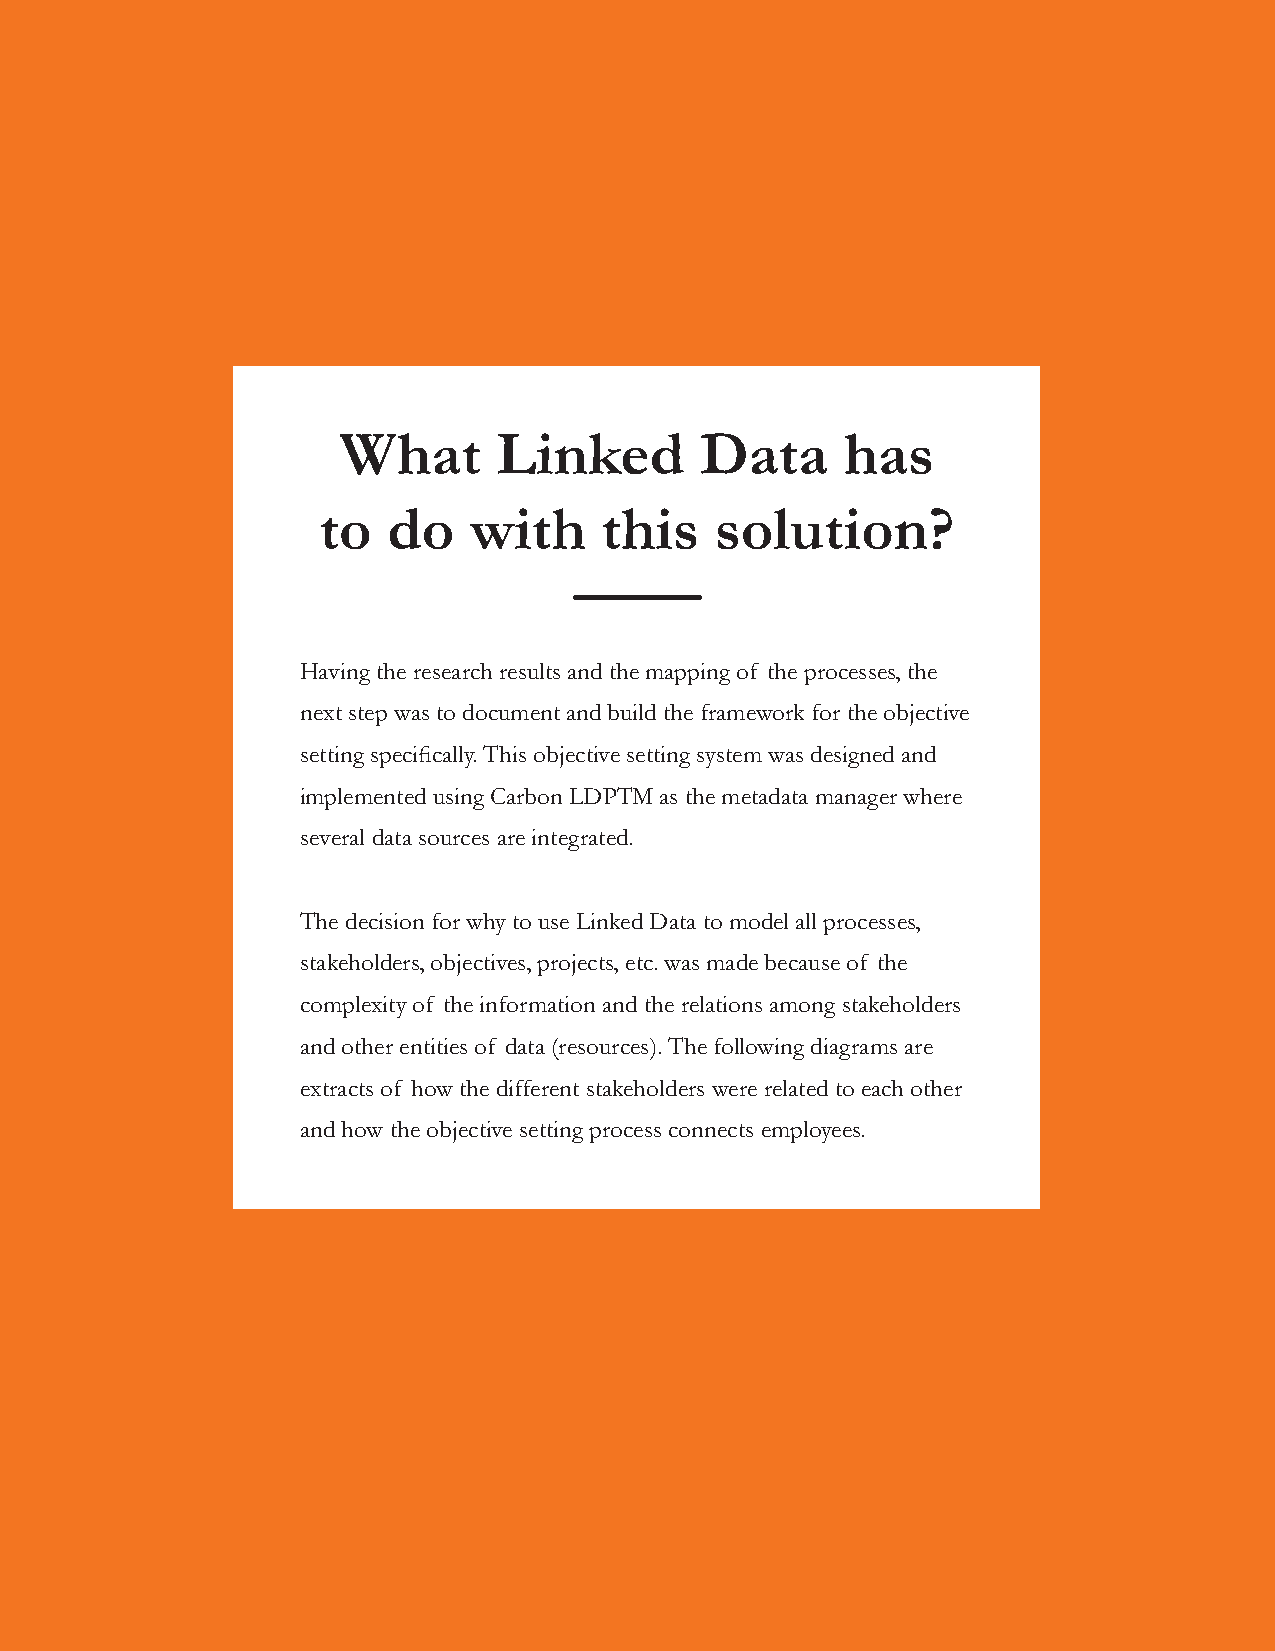
What       Linked       Data      has
 to   do   with     this   solution?
 Having the research results and the mapping of the processes, the
 next step was to document and build the framework for the objective
 setting specifically. This objective setting system was designed and
 implemented using Carbon LDPTM as the metadata manager where
 several data sources are integrated.
 The decision for why to use Linked Data to model all processes,
 stakeholders, objectives, projects, etc. was made because of the
 complexity of the information and the relations among stakeholders
 and other entities of data (resources). The following diagrams are
 extracts of how the different stakeholders were related to each other
 and how the objective setting process connects employees.
 case study